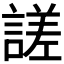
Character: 𧪘